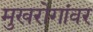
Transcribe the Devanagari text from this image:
मुखरोगांवर